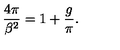
\frac { 4 \pi } { \beta ^ { 2 } } = 1 + \frac { g } { \pi } .